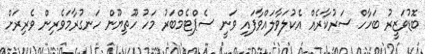
ބޮޑުވަޒީރު ބަހާހް ސަރުކާރެއް އެކުލަވާލައްވާފައި ވަނީ ސެޕްޓެމްބަރު މަހު ހޫތިޔޫން ހަނގުރާމަވެރިން ވެރިރަށް